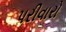
પરીવારો